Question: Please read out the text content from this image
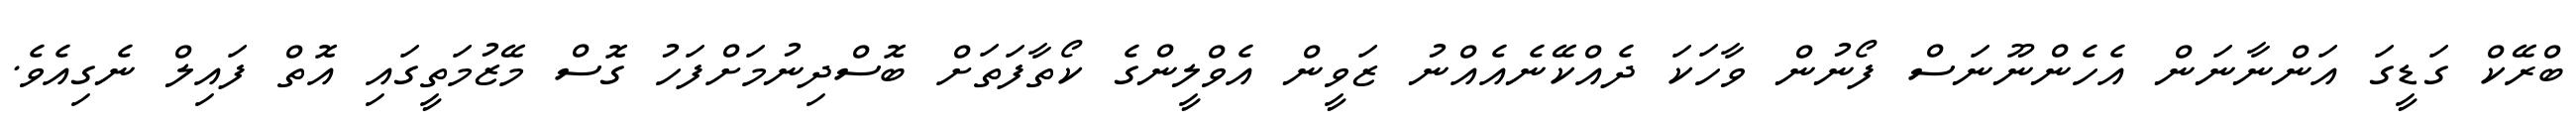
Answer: ބްރޭކް ގަޑީގަ އަންނާނަން އެހެންނޫނަސް ފޯނުން ވާހަކަ ދެއްކޭނެއެއްނު ޒަވީން އެވްލީންގެ ކޯތާފަތަށް ބޮސްދިނުމަށްފަހު ގޮސް މޭޒުމަތީގައި އޮތް ފައިލް ނެގިއެވެ.